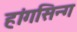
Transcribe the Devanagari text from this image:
हांगसिन्ग